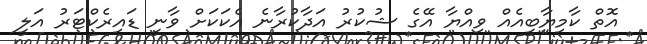
އޮތް ކާމިޔާބީއެއް ވިއްޔާ އޭގެ ޝުކުރު އަދާކުރާނެ އެކަކަށް ވާނީ ޑައިރެކްޓަރު އަލީ